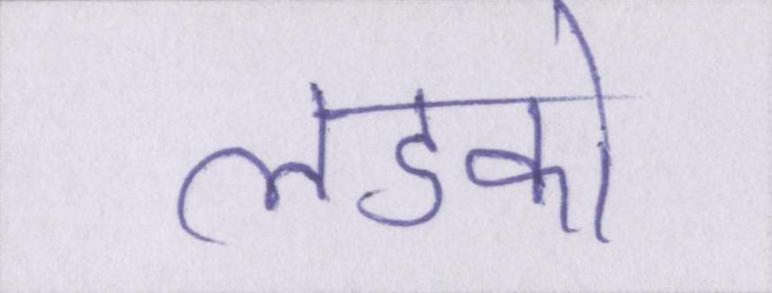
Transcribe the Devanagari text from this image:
लडको